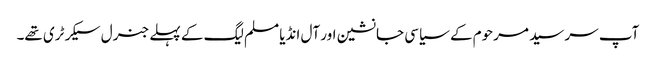
آپ سر سید مرحوم کے سیاسی جانشین اور آل انڈیا مسلم لیگ کے پہلے جنرل سیکرٹری تھے۔